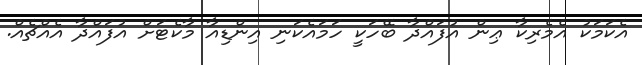
އެކަމަކު އެމެރިކާ ޢިން އުފައްދާ ބޭހަކީ ހަމައެކަނި އިންޑިއާ މާކެޓަށް އުފައްދާ އެއްޗެއް.